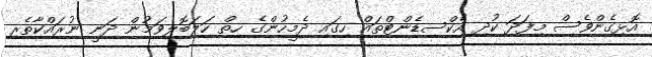
އޮޅިގެންވެސް މިފަދަ ކުދި އެކްސިޑެންޓްތައް ހިގައި ދެމީހުންގެ ހިތް ހަލަބޮލިވަމުން ދަނީ ނުރައްކާތެރި